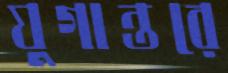
যুগান্তরে